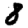
Digit: 8